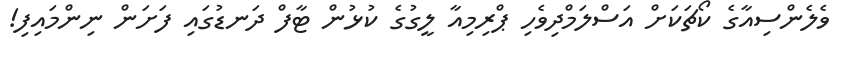
ވެލެންސިއާގެ ކޯޗަކަށް އަސްލަމްދިވެހި ޕްރިމިއާ ލީގުގެ ކުޅުން ޓާފް ދަނޑުގައި ފަށަން ނިންމައިފި!